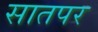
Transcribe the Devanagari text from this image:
सातपर